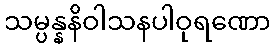
သမ္ပန္နနိဝါသနပါဝုရဏော